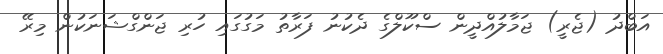
އަބްދު (ޖެރީ) ޖަމާލުއްދީން ސްކޫލްގެ ދެކުނު ފަރާތު މަގުގައި ހުރި ޖަންގްޝަނަކުން މިރޭ